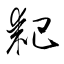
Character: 耙